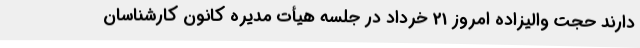
دارند حجت والیزاده امروز 21 خرداد در جلسه‌ هیأت مدیره کانون کارشناسان